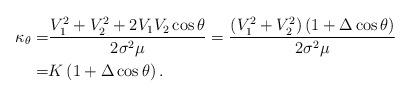
LaTeX: \begin{align*} \kappa_\theta = &\frac{V_1^2+V_2^2+2V_1V_2\cos{\theta}}{2\sigma^2 \mu}= \frac{\left( V_{1}^{2}+V_{2}^{2} \right)\left( 1+\Delta \cos \theta \right)}{2{{\sigma }^{2}}\mu } \\ = & K\left( 1+\Delta \cos \theta \right).\end{align*}